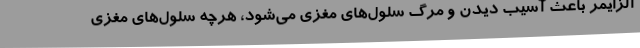
آلزایمر باعث آسیب دیدن و مرگ سلول‌های مغزی می‌شود، هرچه سلول‌های مغزی